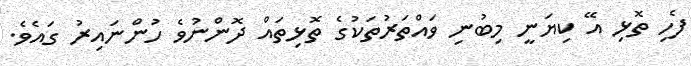
ފެހި ތޮޅި އޭ ކިޔަނީ މިބުނި ވައްތަރުތަކުގެ ތޮޅިތައް ދޮންނުވެ ހުންނައިރު ގައެވެ.